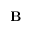
{ \bf B }